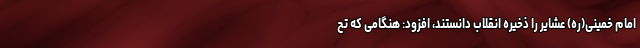
امام خمینی(ره) عشایر را ذخیره انقلاب دانستند، افزود: هنگامی که تح